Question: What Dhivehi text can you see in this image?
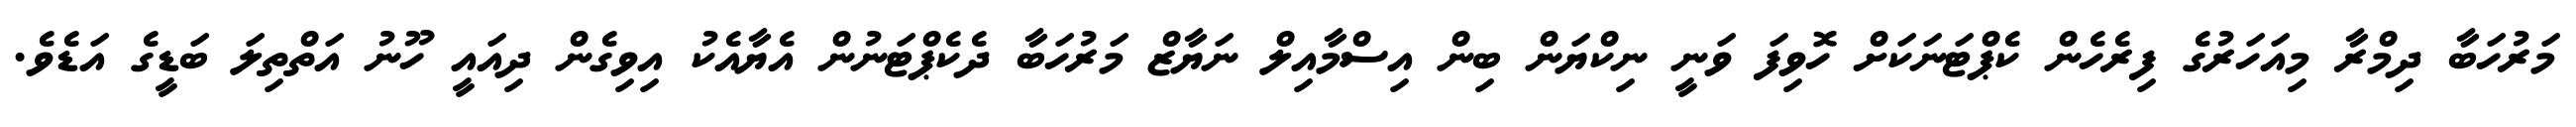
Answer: މަރުހަބާ ދިމްރާ މިއަހަރުގެ ފިރެހެން ކެޕްޓަނަކަށް ހޮވިފަ ވަނީ ނިކްޔަން ބިން އިސްމާއިލް ނަޔާޒް މަރުހަބާ ދެކެޕްޓަނުން އެޔާއެކު އިވިގެން ދިއައީ ހޫނު އަތްތިލަ ބަޑީގެ އަޑެވެ.